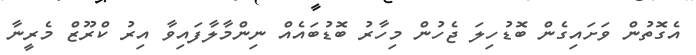
އެގޮތުން ވަށައިގެން ބޮޑުހިލަ ޖެހުން މިހާރު ބޮޑުބައެއް ނިންމާލާފައިވާ އިރު ކްރޫޒް މެރީނާ